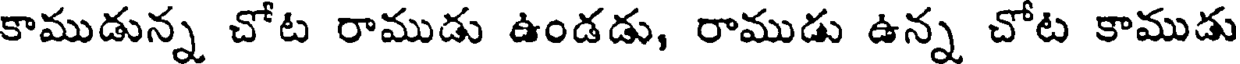
కాముడున్న చోట రాముడు ఉండడు, రాముడు ఉన్న చోట కాముడు